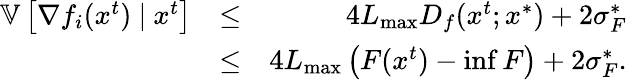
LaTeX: \begin{array}{rlr}{\mathbb{V}\left[\nabla f_{i}(x^{t})\ |\ x^{t}\right]}&{\leq}&{4L_{\operatorname*{max}}D_{f}(x^{t};x^{*})+2\sigma_{F}^{*}}\\ &{\leq}&{4L_{\operatorname*{max}}\left(F(x^{t})-\operatorname*{inf}F\right)+2\sigma_{F}^{*}.}\end{array}